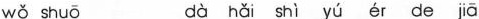
wǒ shuō dà hǎi shì yú ér de jā